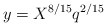
\begin{align*}y=X^{8/15}q^{2/15} \end{align*}